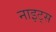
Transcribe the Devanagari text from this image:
नाइट्‌स